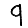
Digit: 9